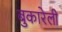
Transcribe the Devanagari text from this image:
बुकारेली